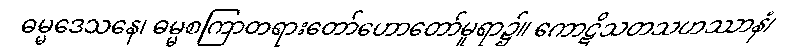
ဓမ္မဒေသနေ၊ ဓမ္မစကြာတရားတော်ဟောတော်မူရာ၌။ ကောဋိသတသဟဿာနံ၊